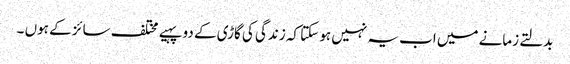
بدلتے زمانے میں اب یہ نہیں ہو سکتا کہ زندگی کی گاڑی کے دو پہیے مختلف سائز کے ہوں ۔